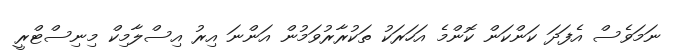
ނަމަވެސް އެފަދަ ކަންކަން ކޮންމެ އަހަރަކު ތަކުރާރުވަމުން އަންނަ އިރު އިސްލާމިކް މިނިސްޓްރީ